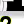
Digit: 2